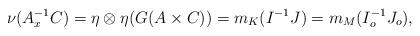
LaTeX: \begin{align*}\nu(A_{x}^{-1}C) = \eta \otimes \eta(G(A \times C)) = m_K(I^{-1}J) = m_M(I_o^{-1}J_o),\end{align*}